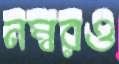
নম্বরও